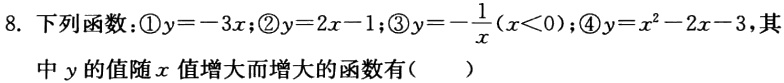
8. 下列函数：\textcircled{1}$y = - 3x$；\textcircled{2}$y = 2x - 1$；\textcircled{3}$y =-\frac{1}{x}(x\lt0)$；\textcircled{4}$y = x^{2}-2x - 3$，其
中$y$的值随$x$值增大而增大的函数有（  ）